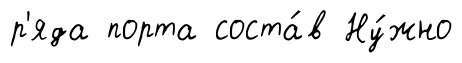
р'яда порта соста́в Ну́жно